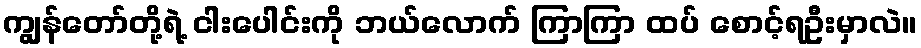
ကျွန်တော်တို့ရဲ့ ငါးပေါင်းကို ဘယ်လောက် ကြာကြာ ထပ် စောင့်ရဦးမှာလဲ။